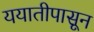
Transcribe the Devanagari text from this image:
ययातीपासून